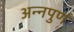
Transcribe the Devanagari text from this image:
अन्नपुर्ण